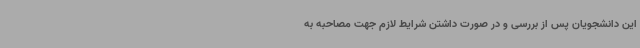
این دانشجویان پس از بررسی و در صورت داشتن شرایط لازم جهت مصاحبه به